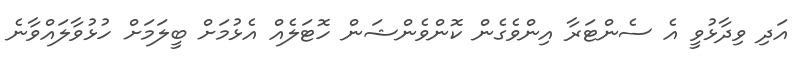
އަދި ވިދާޅުވީ އެ ސެންޓަރާ އިންވެގެން ކޮންވެންޝަން ހޮޓަލެއް އެޅުމަށް ބީލަމަށް ހުޅުވާލައްވާނެ